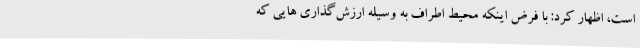
است، اظهار کرد: با فرض اینکه محیط اطراف به وسیله ارزش‌گذاری هایی که